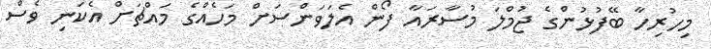
މިހުރިހާ ބޭފުޅުންގެ ޖުމްލަ މުސާރައާ ފޯން އެލަވަންސަށް މަހެއްގެ މައްޗަށް އެކަނި ވެސް